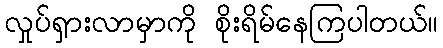
လှုပ်ရှားလာမှာကို စိုးရိမ်နေကြပါတယ်။